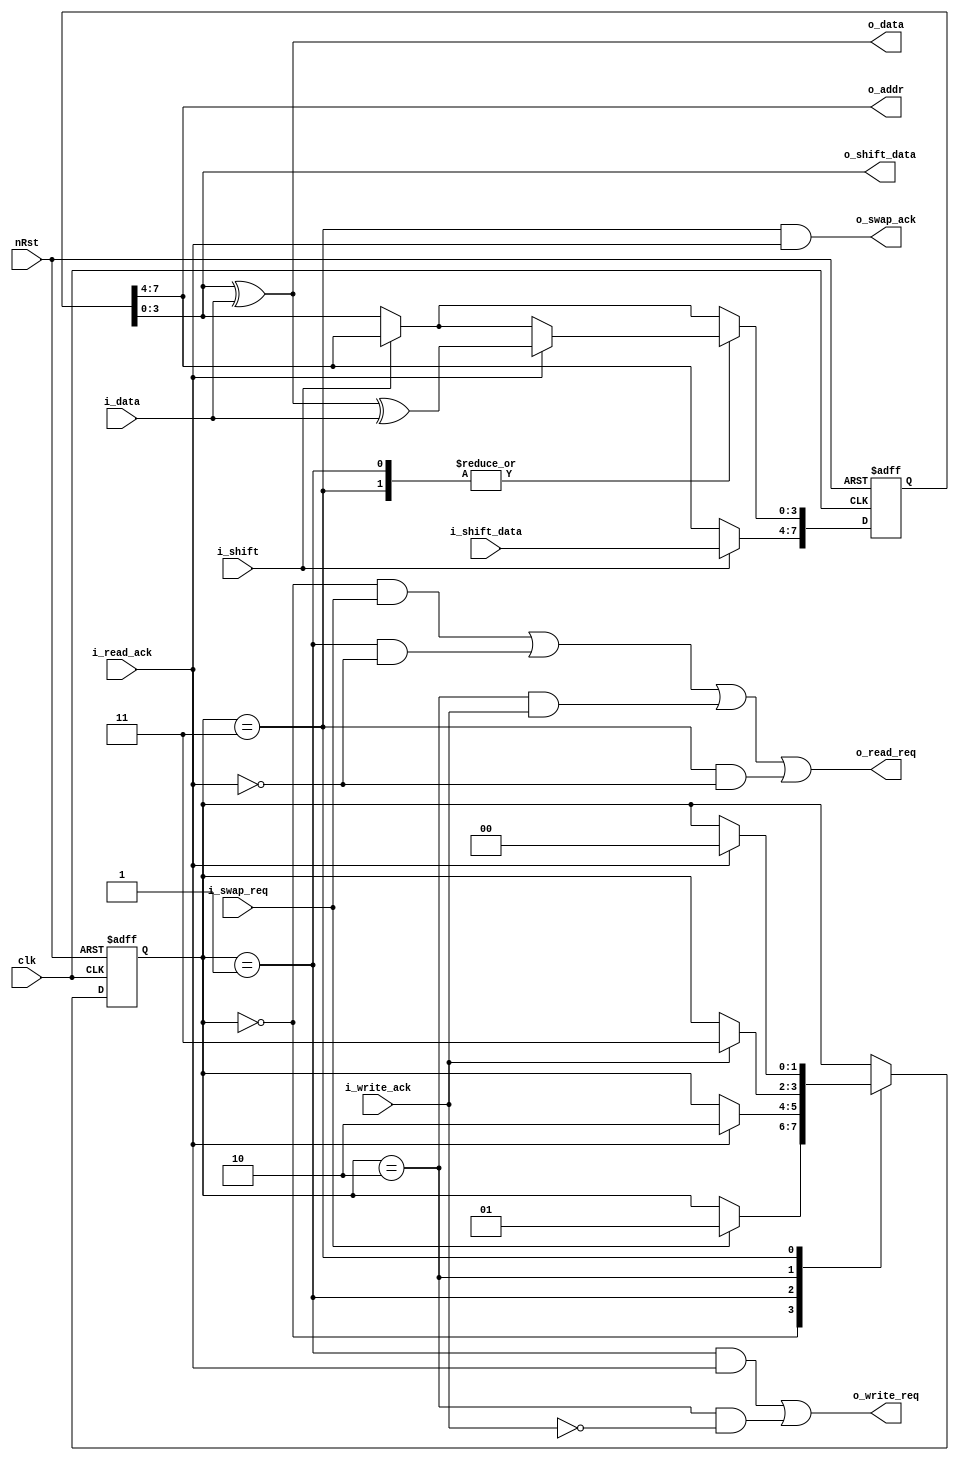
module up2_mem (
	input				            clk,
	input				            nRst,

    // Mem side
    input                           i_read_ack,
    output                          o_read_req,

    input                           i_write_ack,
    output                          o_write_req,
    
    input   [DATA_WIDTH-1:0]        i_data,
    output  [ADDR_WIDTH-1:0]        o_addr,
    output  [DATA_WIDTH-1:0]        o_data,

    // Regs side
    input                           i_shift,
    input   [3:0]                   i_shift_data,
    output  [3:0]                   o_shift_data,
    input                           i_swap_req,
    output                          o_swap_ack
);

    parameter   ADDR_NIBBLES    = 1;
    parameter   DATA_NIBBLES    = 1;
    parameter   SHIFT_WIDTH     = 4 * (ADDR_NIBBLES+DATA_NIBBLES);
    parameter   ADDR_WIDTH      = 4 * ADDR_NIBBLES;
    parameter   DATA_WIDTH      = 4 * DATA_NIBBLES;
    parameter   IDLE            = 2'b00;
    parameter   READ_REQ_1      = 2'b01;
    parameter   WRITE_REQ       = 2'b10;
    parameter   READ_REQ_2      = 2'b11;

    reg     [SHIFT_WIDTH-1:0]   shift;
    reg     [1:0]               state;
    wire    [DATA_WIDTH-1:0]    shift_update;

    assign  o_data              =   shift[DATA_WIDTH-1:0] ^ i_data;
    assign  o_addr              =   shift[SHIFT_WIDTH-1:DATA_WIDTH];
    assign  o_shift_data        =   shift[3:0];
    assign  shift_update        =   o_data ^ i_data;
    assign  o_read_req          =   (   ((state == IDLE)        && (i_swap_req))    ||
                                        ((state == READ_REQ_1)  && (~i_read_ack))   ||
                                        ((state == WRITE_REQ)   && (i_write_ack))   ||
                                        ((state == READ_REQ_2)  && (~i_read_ack)));
    assign  o_write_req         =   (   ((state == READ_REQ_1)  && (i_read_ack))    ||
                                        ((state == WRITE_REQ)   && (~i_write_ack)));
    assign  o_swap_ack          =   (   ( state == READ_REQ_2)  && (i_read_ack));


	always@(posedge clk or negedge nRst) begin
		if(!nRst) begin
		    shift       <= 'd0;
            state       <= IDLE;
        end else begin
            if(i_shift) begin
                shift   <= {i_shift_data,shift[SHIFT_WIDTH-1:4]};
            end 
            case(state)
                IDLE:       if(i_swap_req) begin
                                state                   <= READ_REQ_1;
                            end
                READ_REQ_1: if(i_read_ack) begin
                                shift[DATA_WIDTH-1:0]   <= shift_update;
                                state                   <= WRITE_REQ;
                            end 
                WRITE_REQ:  if(i_write_ack) begin
                                state                   <= READ_REQ_2;
                            end 
                READ_REQ_2: if(i_read_ack) begin
                                shift[DATA_WIDTH-1:0]   <= shift_update; 
                                state                   <= IDLE;
                            end 
            endcase
		end
	end
endmodule